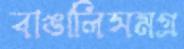
বাঙালিসমগ্র